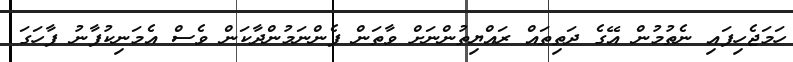
ހަމަޖެހިފައި ނެތުމުން އޭގެ ދަތިތައް ރައްޔިތުންނަށް ވާތަން ފެންނަމުންދާކަން ވެސް އެމަނިކުފާނު ފާހަގަ